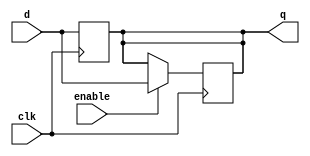
module transparent_latch_d_ff (
  input wire d,        // Data input
  input wire enable,   // Enable signal
  input wire clk,      // Clock signal
  output reg q         // Output
);

// Latch for transparent behavior
always @(posedge clk) begin
  if (enable) begin
    q <= d;
  end
end

// D flip-flop to store output
always @(posedge clk) begin
  q <= d;
end

endmodule